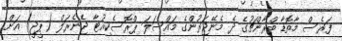
ފަރެސް މާތޮޑާ ބްރާންޗުގެ ދެ މެނޭޖަރުންގެ މައްސަލަ ޕްރޮސެކިއުޓާ ޖެނެރަލް (ޕީޖީ) އަށް